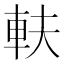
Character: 䡍